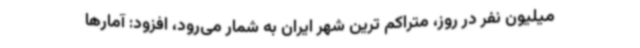
میلیون نفر در روز، متراکم ترین شهر ایران به شمار می‌رود، افزود: آمارها